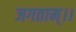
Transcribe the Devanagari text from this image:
जगताम्।।